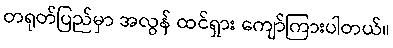
တရုတ်ပြည်မှာ အလွန် ထင်ရှား ကျော်ကြားပါတယ်။